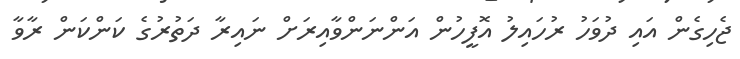
ޖެހިގެން އައި ދުވަހު ރުހައިލު އޮފީހުން އަންނަންވާއިރަށް ނައިރާ ދަތުރުގެ ކަންކަން ރާވާ